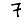
Digit: 7